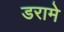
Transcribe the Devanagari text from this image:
डरामे